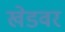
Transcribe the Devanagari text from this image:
खेडवर